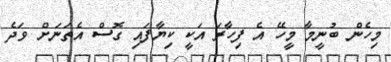
މިހެން ބުނީމާ މީހޭ އެ ފިހާރަ އަކީ ކިޔާފައި ގޮސް އެތަނަށް ވަދެ